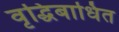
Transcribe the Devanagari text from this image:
वृद्धिबाधित